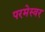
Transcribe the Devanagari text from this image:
परमेस्वर